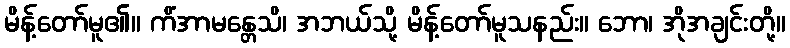
မိန့်တော်မူ၏။ ကိံအာမန္တေသိ၊ အဘယ်သို့ မိန့်တော်မူသနည်း။ ဘော၊ အိုအချင်းတို့။